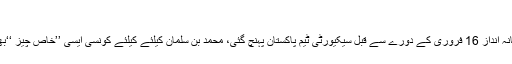
اس خبر میں جانیئے
سعودی ولی عہد کا شاہانہ انداز 16 فروری کے دورے سے قبل سیکیورٹی ٹیم پاکستان پہنچ گئی، محمد بن سلمان کیلئے کیلئے کونسی ایسی ’’خاص چیز ‘‘بھی اسلام آباد لائی گئی ؟